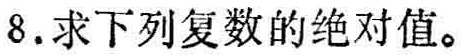
8. 求下列复数的绝对值。